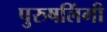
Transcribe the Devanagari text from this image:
पुरुषलिंगी